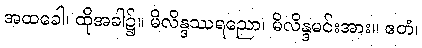
အထခေါ၊ ထိုအခါ၌။ မိလိန္ဒဿရညော၊ မိလိန္ဒမင်းအား။ ဧတံ၊